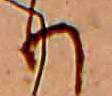
り